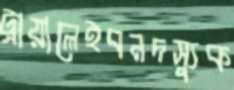
ট্রায়ালেইবনদস্যুক